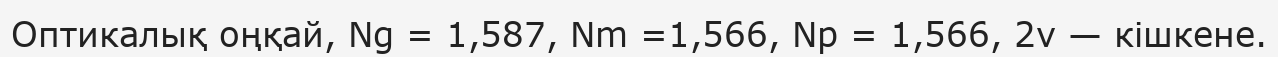
Оптикалық оңқай, Ng = 1,587, Nm =1,566, Np = 1,566, 2v — кішкене.